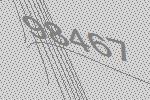
98467